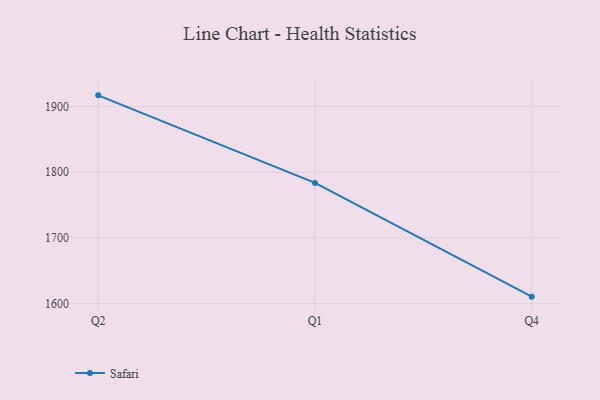
{"axis": {"x": "Quarter", "y": "Conversion Rate (%)"}, "legend": ["Safari"], "data": [{"x": "Q2", "y": 1916.8, "type": "Safari"}, {"x": "Q1", "y": 1783.7, "type": "Safari"}, {"x": "Q4", "y": 1610.7, "type": "Safari"}]}